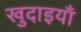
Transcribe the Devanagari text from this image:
खुदाइयाँ